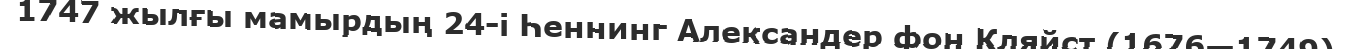
1747 жылғы мамырдың 24-і Һеннинг Александер фон Кляйст (1676—1749)